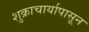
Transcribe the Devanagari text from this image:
शुक्राचार्यापासून